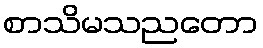
စာသိမသညတော